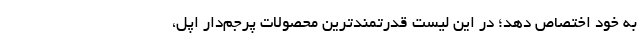
به خود اختصاص دهد؛ در این لیست قدرتمندترین محصولات پرجم‌دار اپل،